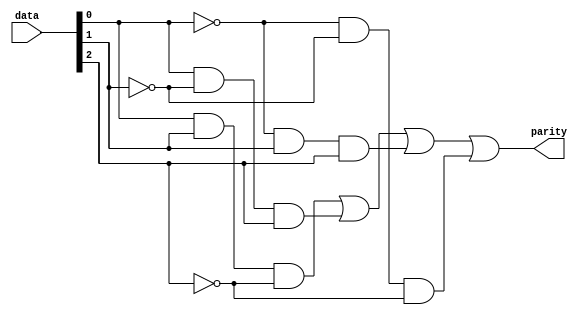
/*           ******************************************************     */
/*          **   course         : Logic Circuit Lab               **    */
/*         ***   Lab            : 04                              ***   */
/*        ****   Topic          : Parity Generator                ****  */
/*        ****   AUTHOR         : Reza Adinepour                  ****  */
/*         ***   Github         : github.com/rezaAdinepour/       **    */
/*           ******************************************************     */

`timescale 1ns / 1ps

module SOP_ParityGenerator(input [2:0] data, output parity);
	
	assign parity = data[0] &  data[1] & ~data[2] |
                   data[0] & ~data[1] &  data[2] |
                  ~data[0] &  data[1] &  data[2] |
                  ~data[0] & ~data[1] & ~data[2];
  
endmodule